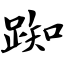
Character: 踟